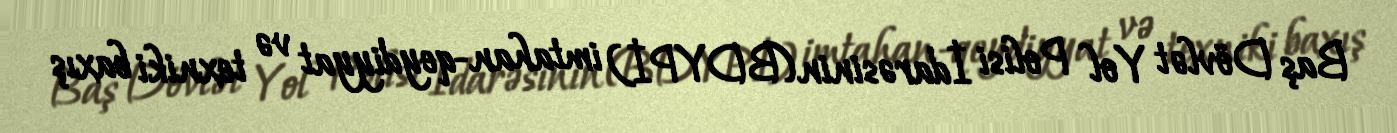
Baş Dövlət Yol Polisi İdarəsinin (BDYPİ) imtahan-qeydiyyat və texniki baxış